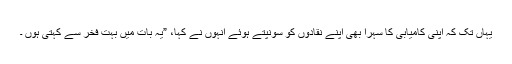
یہاں تک کہ اپنی کامیابی کا سہرا بھی اپنے نقادوں کو سونپتے ہوئے انہوں نے کہا، ”یہ بات میں بہت فخر سے کہتی ہوں ۔